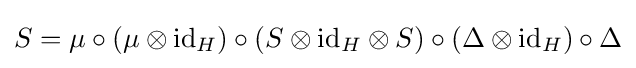
S=\mu \circ (\mu \otimes \mathrm {id} _{H})\circ (S\otimes \mathrm {id} _{H}\otimes S)\circ (\Delta \otimes \mathrm {id} _{H})\circ \Delta